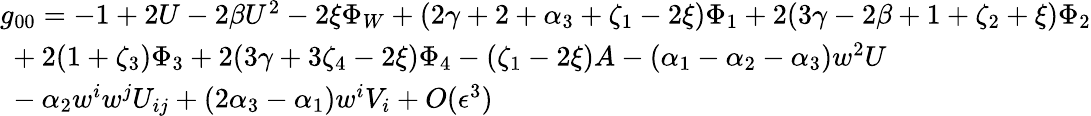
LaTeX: {\begin{array}{l}{g_{00}=-1+2U-2\beta U^{2}-2\xi\Phi_{W}+(2\gamma+2+\alpha_{3}+\zeta_{1}-2\xi)\Phi_{1}+2(3\gamma-2\beta+1+\zeta_{2}+\xi)\Phi_{2}}\\ {\ +2(1+\zeta_{3})\Phi_{3}+2(3\gamma+3\zeta_{4}-2\xi)\Phi_{4}-(\zeta_{1}-2\xi)A-(\alpha_{1}-\alpha_{2}-\alpha_{3})w^{2}U}\\ {\ -\alpha_{2}w^{i}w^{j}U_{ij}+(2\alpha_{3}-\alpha_{1})w^{i}V_{i}+O(\epsilon^{3})}\end{array}}